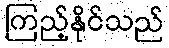
ကြည့်နိုင်သည်